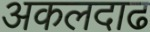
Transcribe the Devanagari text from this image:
अकलदाढ